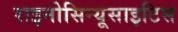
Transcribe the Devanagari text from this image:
राइनोसिन्यूसाइटिस